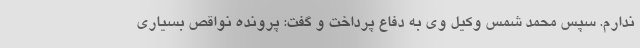
ندارم. سپس محمد شمس وکیل وی به دفاع پرداخت و گفت: پرونده نواقص بسیاری